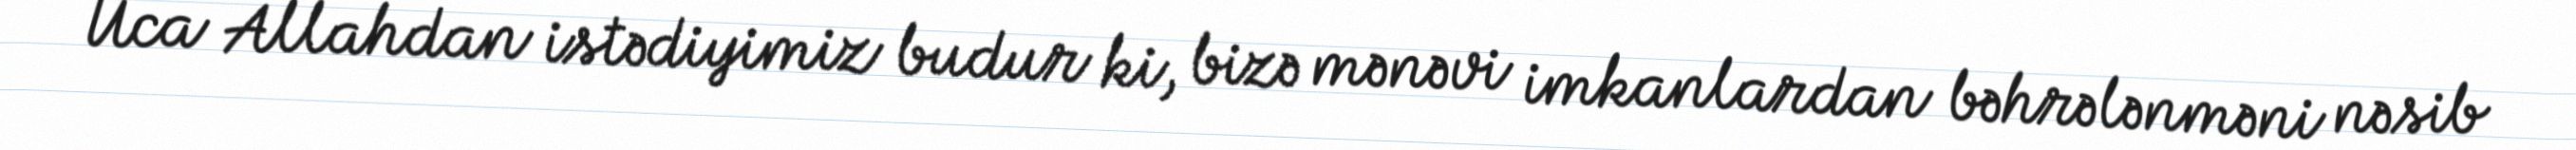
Uca Allahdan istədiyimiz budur ki, bizə mənəvi imkanlardan bəhrələnməni nəsib